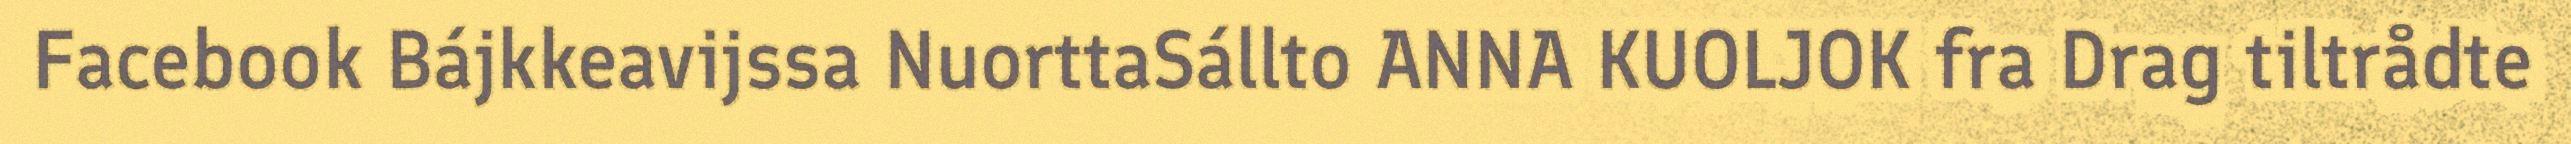
Facebook Bájkkeavijssa NuorttaSállto ANNA KUOLJOK fra Drag tiltrådte